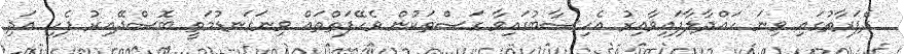
ދެފަރާތުގައި ވިނަ ހައްދާލާފައިވާއިރު އެހިސާބުގައިވާ ގަސްތަކުން ވެހޭފަތްތައް ވިނަގަނޑުމަތީ ބޮސްދޭއިރު ފެހި އަދި